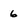
Character: 6